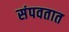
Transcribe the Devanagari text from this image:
संपवतात